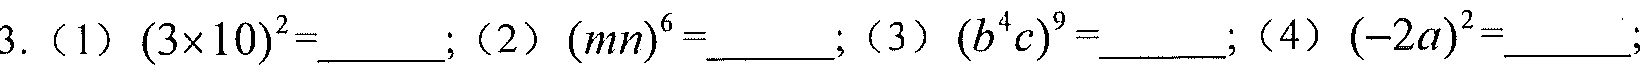
3.（1）\((3\times10)^{2}=\underline{\quad\quad}\);（2）\((mn)^{6}=\underline{\quad\quad}\);（3）\((b^{4}c)^{9}=\underline{\quad\quad}\);（4）\((-2a)^{2}=\underline{\quad\quad}\);